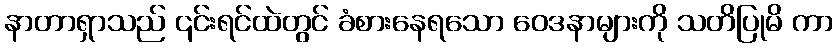
နာတာရှာသည် ၎င်းရင်ထဲတွင် ခံစားနေရသော ဝေဒနာများကို သတိပြုမိ ကာ